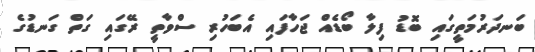
ބަނދަރުމަތީގައި ބޮޑު ފިލާ ބޯޑެއް ޖަހާފައި އެބަހުރި ސްވާތީ ރޭގައި ގަތް ގަނޑުގެ